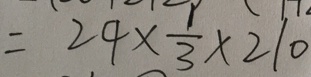
= 2 4 \times \frac { 1 } { 3 } \times 2 1 0